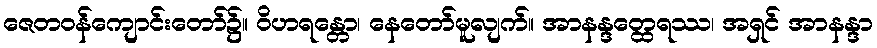
ဇေတဝန်ကျောင်းတော်၌။ ဝိဟရန္တော၊ နေတော်မူလျက်။ အာနန္ဒတ္ထေရဿ၊ အရှင် အာနန္ဒာ